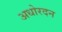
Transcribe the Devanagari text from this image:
अधोरदन